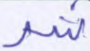
شر